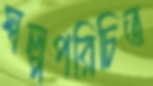
স্বল্পপরিচিত